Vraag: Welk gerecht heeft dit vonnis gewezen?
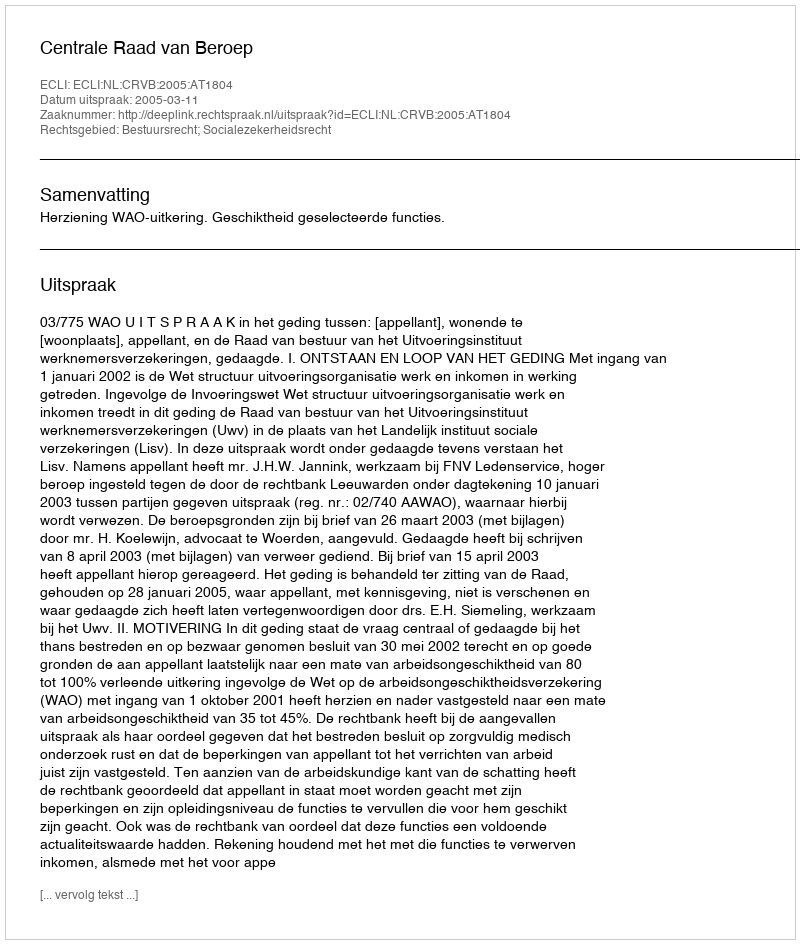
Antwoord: Centrale Raad van Beroep